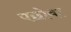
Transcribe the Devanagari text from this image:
पछोवा